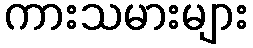
ကားသမားများ